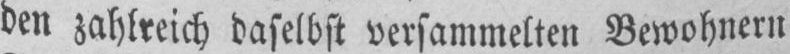
den zahlreich daselbst versammelten Bewohnern